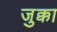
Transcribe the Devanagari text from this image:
जुक्का